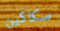
سكاكين